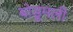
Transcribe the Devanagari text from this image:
बोडूमली